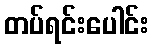
တပ်ရင်းပေါင်း